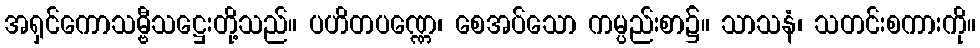
အရှင်ကောသမ္ဗီသဋ္ဌေးတို့သည်။ ပဟိတပဏ္ဏေ၊ စေအပ်သော ကမ္ပည်းစာ၌။ သာသနံ၊ သတင်းစကားကို။